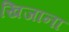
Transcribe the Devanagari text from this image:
खिजाना